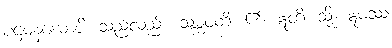
ပဌမနယောပိ၊ သည်လည်း။ သမ္ဘဝတိ၊ ၏။ ဣတိ၊ သို့။ ဣမဿ